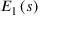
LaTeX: E _ { 1 } \left( s \right)